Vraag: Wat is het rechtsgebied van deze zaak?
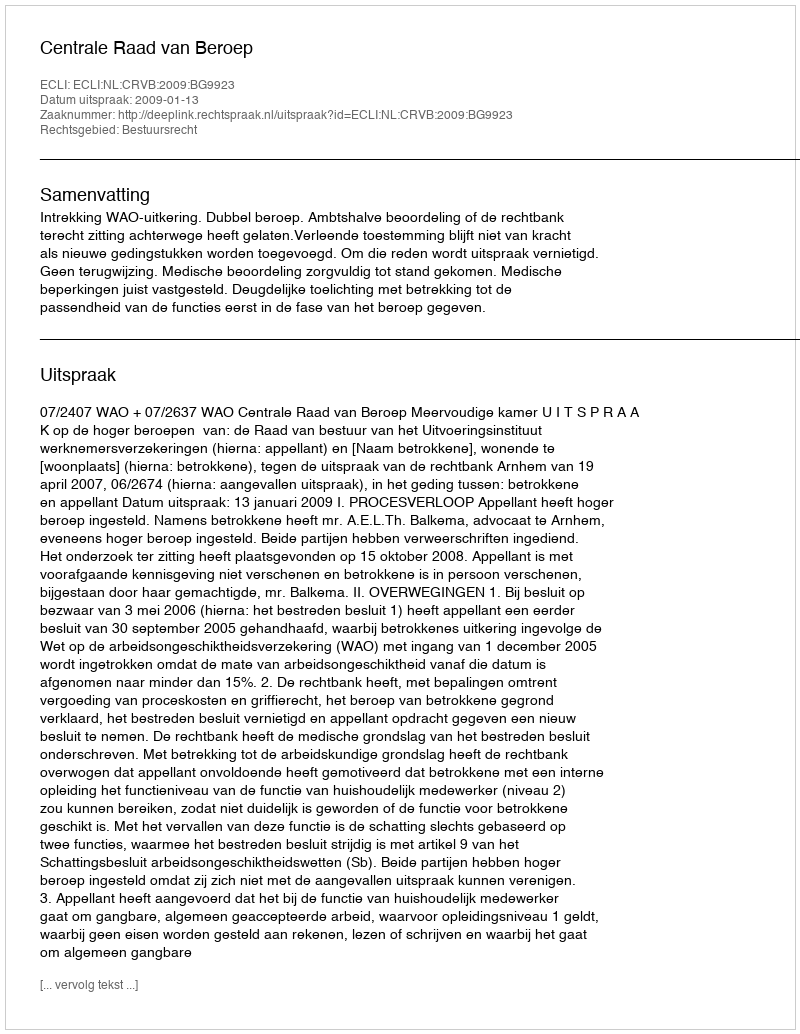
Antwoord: Bestuursrecht